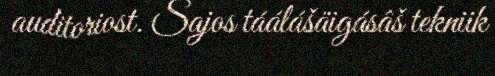
auditoriost. Sajos táálášäigásâš tekniik